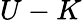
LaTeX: U-K